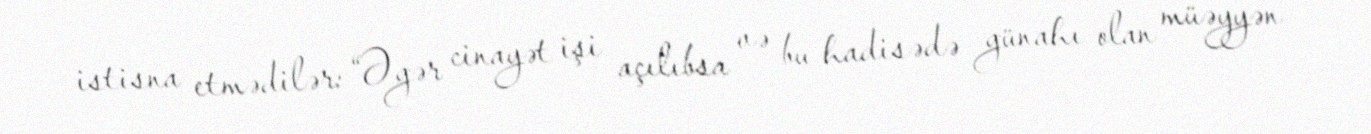
istisna etmədilər: “Əgər cinayət işi açılıbsa və bu hadisədə günahı olan müəyyən